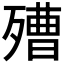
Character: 𣩒